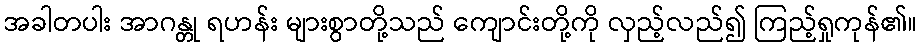
အခါတပါး အာဂန္တု ရဟန်း များစွာတို့သည် ကျောင်းတို့ကို လှည့်လည်၍ ကြည့်ရှုကုန်၏။